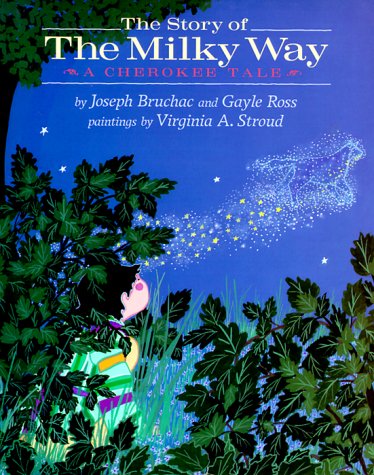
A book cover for The Story of the Milky Way: A Cherokee Tale; Joseph Bruchac; Children's Books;